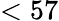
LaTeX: <57